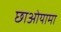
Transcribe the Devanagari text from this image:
छाओयामा